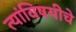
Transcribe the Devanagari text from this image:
त्यांविषयीचे